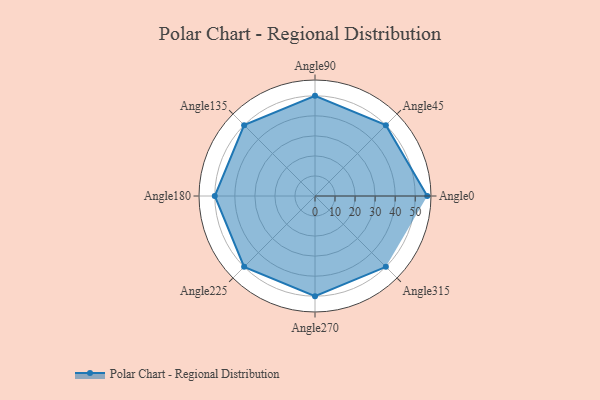
{"axis": {"x": "Angle", "y": "Radius"}, "legend": [""], "data": [{"x": "Angle0", "y": 56.0, "type": ""}, {"x": "Angle45", "y": 50, "type": ""}, {"x": "Angle90", "y": 50, "type": ""}, {"x": "Angle135", "y": 50, "type": ""}, {"x": "Angle180", "y": 50, "type": ""}, {"x": "Angle225", "y": 50, "type": ""}, {"x": "Angle270", "y": 50, "type": ""}, {"x": "Angle315", "y": 50, "type": ""}]}